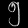
Digit: ၅